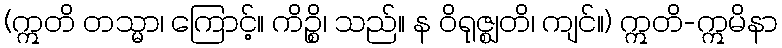
(ဣတိ တသ္မာ၊ ကြောင့်။ ကိဉ္စိ၊ သည်။ န ဝိရုဇ္ဈတိ၊ ကျင်။) ဣတိ-ဣမိနာ